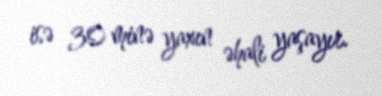
isə 30 minə yaxın əhali yaşayır.